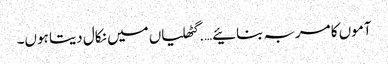
آموں کا مربہ بنائیے….گٹھلیاں میں نکال دیتا ہوں۔